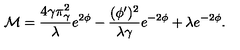
{ \cal M } = { \frac { 4 \gamma \pi _ { \gamma } ^ { 2 } } { \lambda } } e ^ { 2 \phi } - { \frac { ( \phi ^ { \prime } ) ^ { 2 } } { \lambda \gamma } } e ^ { - 2 \phi } + \lambda e ^ { - 2 \phi } .